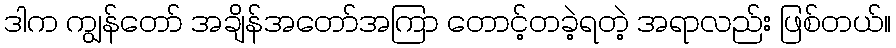
ဒါက ကျွန်တော် အချိန်အတော်အကြာ တောင့်တခဲ့ရတဲ့ အရာလည်း ဖြစ်တယ်။